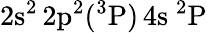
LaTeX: \mathrm{2s^{2}\, 2p^{2}(^{3}P)\, 4s~^{2}P}